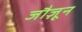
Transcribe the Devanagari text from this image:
जौज़ून